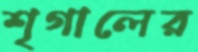
শৃগালের